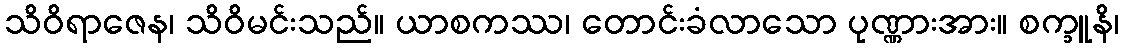
သိဝိရာဇေန၊ သိဝိမင်းသည်။ ယာစကဿ၊ တောင်းခံလာသော ပုဏ္ဏားအား။ စက္ခူနိ၊